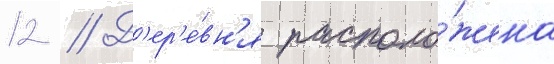
12 // Д'ер'е́вн'я располо́жена